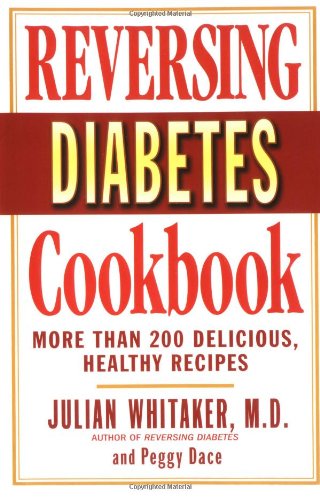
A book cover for Reversing Diabetes Cookbook: More Than 200 Delicious, Healthy Recipes; Julian Whitaker; Cookbooks, Food & Wine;